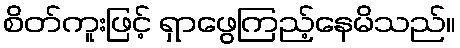
စိတ်ကူးဖြင့် ရှာဖွေကြည့်နေမိသည်။